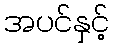
အပင်နှင့်